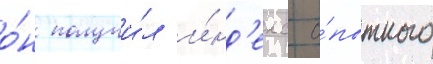
о́н получи́л и́нд'екс о́пытного